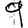
Digit: 9